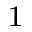
^ { 1 }